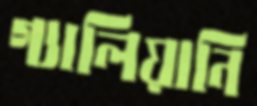
গ্যালিয়ানি